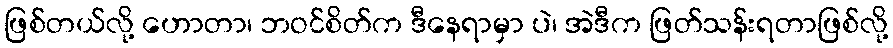
ဖြစ်တယ်လို့ ဟောတာ၊ ဘဝင်စိတ်က ဒီနေရာမှာ ပဲ၊ အဲဒီက ဖြတ်သန်းရတာဖြစ်လို့